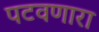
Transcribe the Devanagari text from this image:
पटवणारा